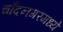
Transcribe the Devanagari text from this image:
चाँदनगरमध्ये